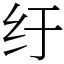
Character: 纡